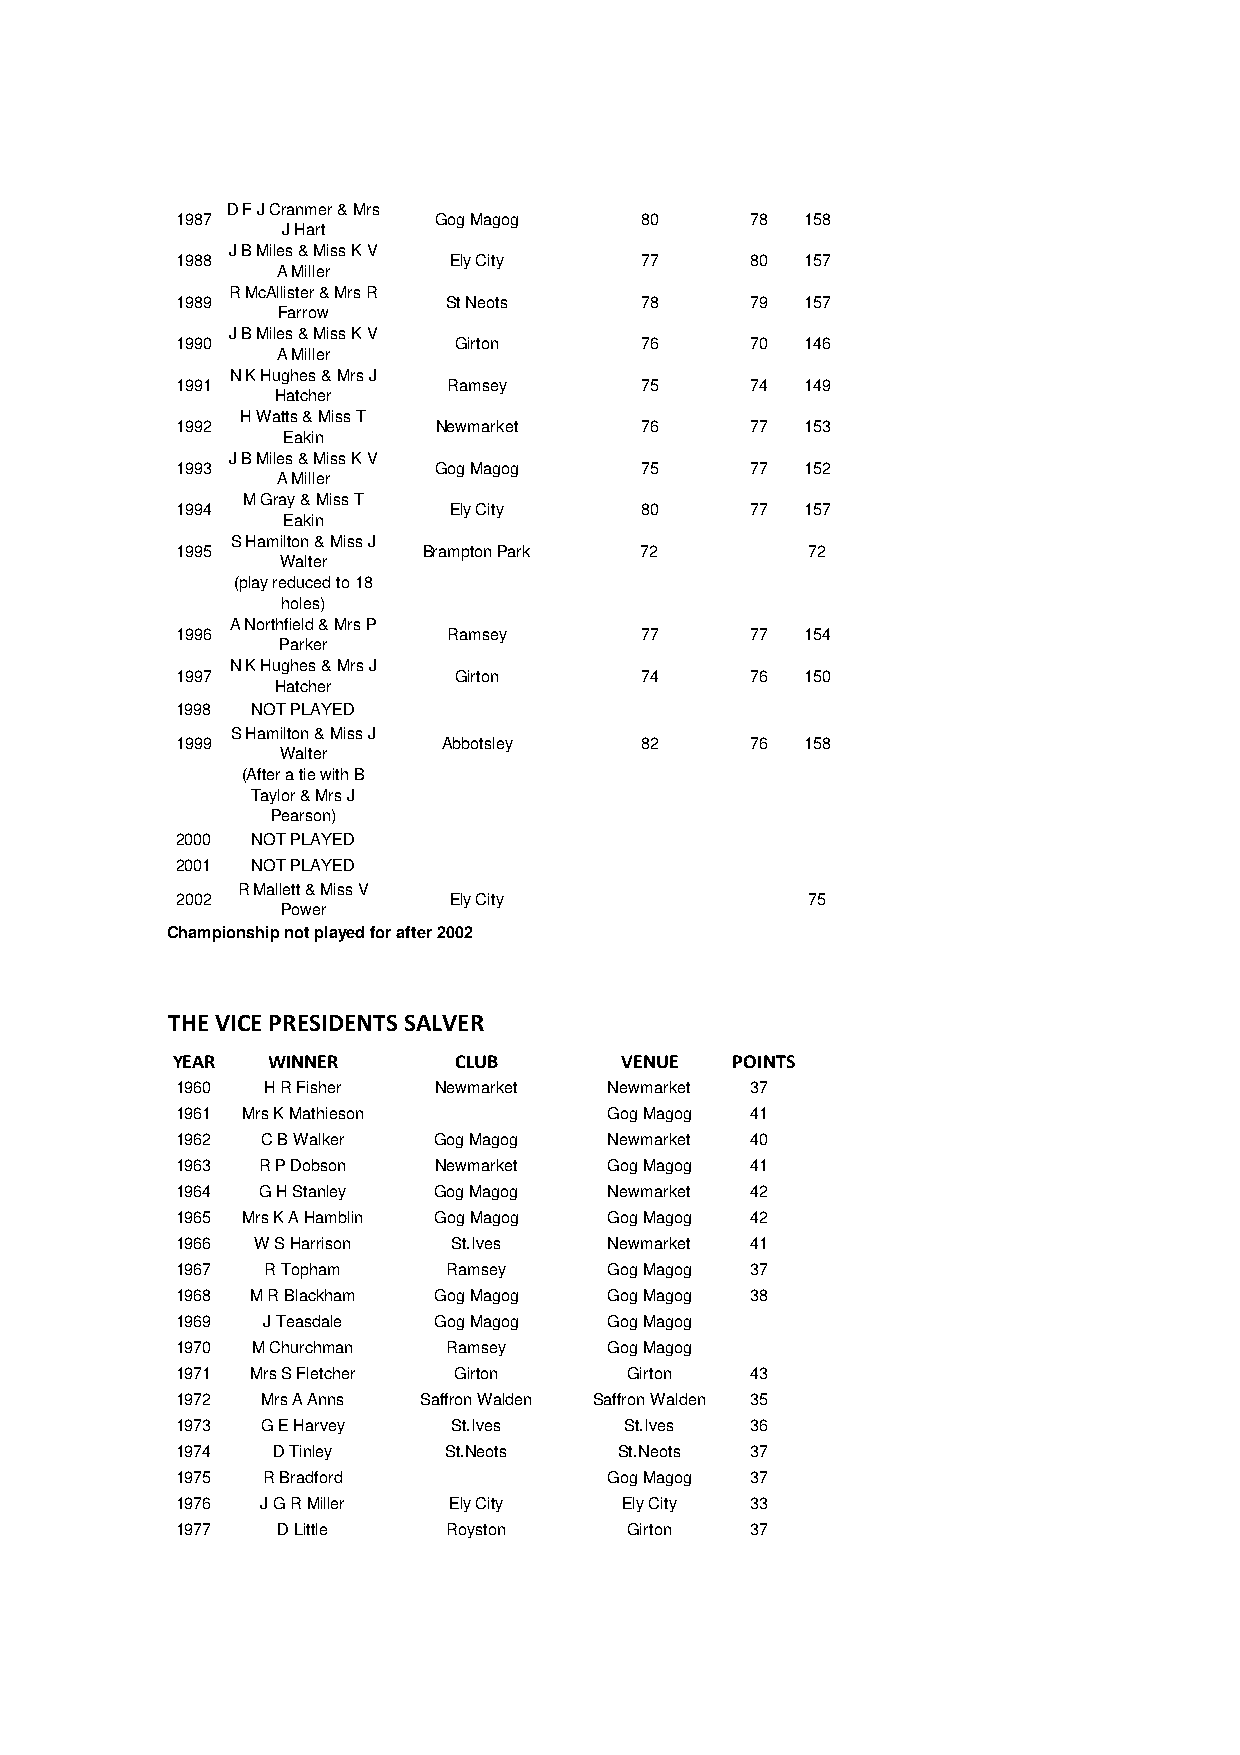
D F J Cranmer & Mrs
 1987             Gog Magog    80      78 158
 J Hart
 J B Miles & Miss K V
 1988              Ely City    77      80 157
 A Miller
 R McAllister & Mrs R
 1989              St Neots    78      79 157
 Farrow
 J B Miles & Miss K V
 1990              Girton      76      70 146
 A Miller
 N K Hughes & Mrs J
 1991              Ramsey      75      74 149
 Hatcher
 H Watts & Miss T
 1992             Newmarket    76      77 153
 Eakin
 J B Miles & Miss K V
 1993             Gog Magog    75      77 152
 A Miller
 M Gray & Miss T
 1994              Ely City    80      77 157
 Eakin
 S Hamilton & Miss J
 1995            Brampton Park 72         72
 Walter
 (play reduced to 18
 holes)
 A Northfield & Mrs P
 1996              Ramsey      77      77 154
 Parker
 N K Hughes & Mrs J
 1997              Girton      74      76 150
 Hatcher
 1998 NOT PLAYED
 S Hamilton & Miss J
 1999             Abbotsley    82      76 158
 Walter
 (After a tie with B
 Taylor & Mrs J
 Pearson)
 2000 NOT PLAYED
 2001 NOT PLAYED
 R Mallett & Miss V
 2002              Ely City               75
 Power
 Championship not played for after 2002
 THE VICE PRESIDENTS SALVER
 YEAR   WINNER      CLUB       VENUE   POINTS
 1960  H R Fisher Newmarket  Newmarket 37
 1961 Mrs K Mathieson        Gog Magog 41
 1962 C B Walker  Gog Magog  Newmarket 40
 1963 R P Dobson  Newmarket  Gog Magog 41
 1964 G H Stanley Gog Magog  Newmarket 42
 1965 Mrs K A Hamblin Gog Magog Gog Magog 42
 1966 W S Harrison St.Ives   Newmarket 41
 1967  R Topham    Ramsey    Gog Magog 37
 1968 M R Blackham Gog Magog Gog Magog 38
 1969 J Teasdale  Gog Magog  Gog Magog
 1970 M Churchman  Ramsey    Gog Magog
 1971 Mrs S Fletcher Girton    Girton  43
 1972 Mrs A Anns Saffron Walden Saffron Walden 35
 1973 G E Harvey   St.Ives    St.Ives  36
 1974  D Tinley    St.Neots   St.Neots 37
 1975 R Bradford             Gog Magog 37
 1976 J G R Miller Ely City   Ely City 33
 1977  D Little    Royston     Girton  37